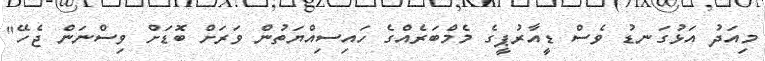
މިއަދު އަޅުގަނޑު ވެސް ޑީއާރުޕީގެ މެމްބަރެއްގެ ހައިސިއްޔަތުން ވަރަށް ބޮޑަށް ވިސްނަން ޖެހޭ"